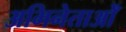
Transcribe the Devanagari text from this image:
अभिनेताओँ